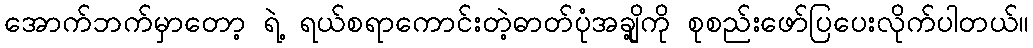
အောက်ဘက်မှာတော့ ရဲ့ ရယ်စရာကောင်းတဲ့ဓာတ်ပုံအချို့ကို စုစည်းဖော်ပြပေးလိုက်ပါတယ်။